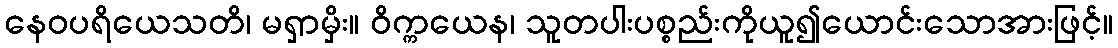
နေဝပရိယေသတိ၊ မရှာမှိး။ ဝိက္ကယေန၊ သူတပါးပစ္စည်းကိုယူ၍ယောင်းသောအားဖြင့်။